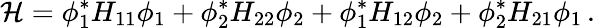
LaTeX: {\mathcal H}=\phi_{1}^{*}H_{11}\phi_{1}+\phi_{2}^{*}H_{22}\phi_{2}+\phi_{1}^{*}H_{12}\phi_{2}+\phi_{2}^{*}H_{21}\phi_{1}\, .